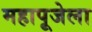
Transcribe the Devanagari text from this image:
महापूजेला